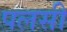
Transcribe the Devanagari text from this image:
पलसी